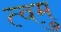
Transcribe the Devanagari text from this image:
त्वमु